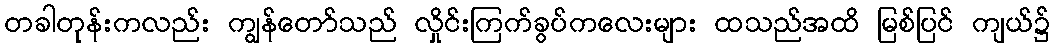
တခါတုန်းကလည်း ကျွန်တော်သည် လှိုင်းကြက်ခွပ်ကလေးများ ထသည်အထိ မြစ်ပြင် ကျယ်၌